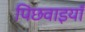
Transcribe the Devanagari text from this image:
पिछवाइयाँ